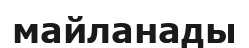
майланады